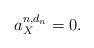
LaTeX: \begin{align*} a_X^{n,d_n} = 0.\end{align*}